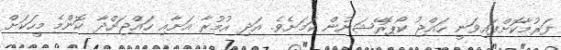
ފަރުމާކޮށްފައިވަނީ ހައްޖު ކޯޕޮރޭޝަނުން ކަމަށެވެ. އަދި އުމުރާ އަށާއި ހައްޖަށްދާ ކޮންމެ މީހަކަށް